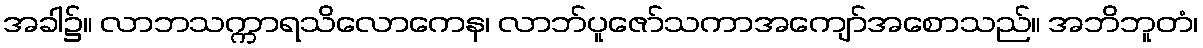
အခါ၌။ လာဘသက္ကာရသိလောကေန၊ လာဘ်ပူဇော်သကာအကျော်အစောသည်။ အဘိဘူတံ၊